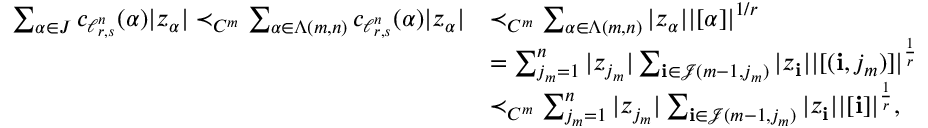
\begin{array} { r l } { \sum _ { \alpha \in J } c _ { \ell _ { r , s } ^ { n } } ( \alpha ) | z _ { \alpha } | \prec _ { C ^ { m } } \sum _ { \alpha \in \Lambda ( m , n ) } c _ { \ell _ { r , s } ^ { n } } ( \alpha ) | z _ { \alpha } | } & { \prec _ { C ^ { m } } \sum _ { \alpha \in \Lambda ( m , n ) } | z _ { \alpha } | | [ \alpha ] | ^ { 1 / r } } \\ & { = \sum _ { j _ { m } = 1 } ^ { n } | z _ { j _ { m } } | \sum _ { \mathbf { i } \in \mathcal J ( m - 1 , j _ { m } ) } | z _ { \mathbf { i } } | | [ ( \mathbf { i } , j _ { m } ) ] | ^ { \frac { 1 } { r } } } \\ & { \prec _ { C ^ { m } } \sum _ { j _ { m } = 1 } ^ { n } | z _ { j _ { m } } | \sum _ { \mathbf { i } \in \mathcal J ( m - 1 , j _ { m } ) } | z _ { \mathbf { i } } | | [ \mathbf { i } ] | ^ { \frac { 1 } { r } } , } \end{array}